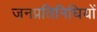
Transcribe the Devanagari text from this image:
जनप्रतिनिघियों